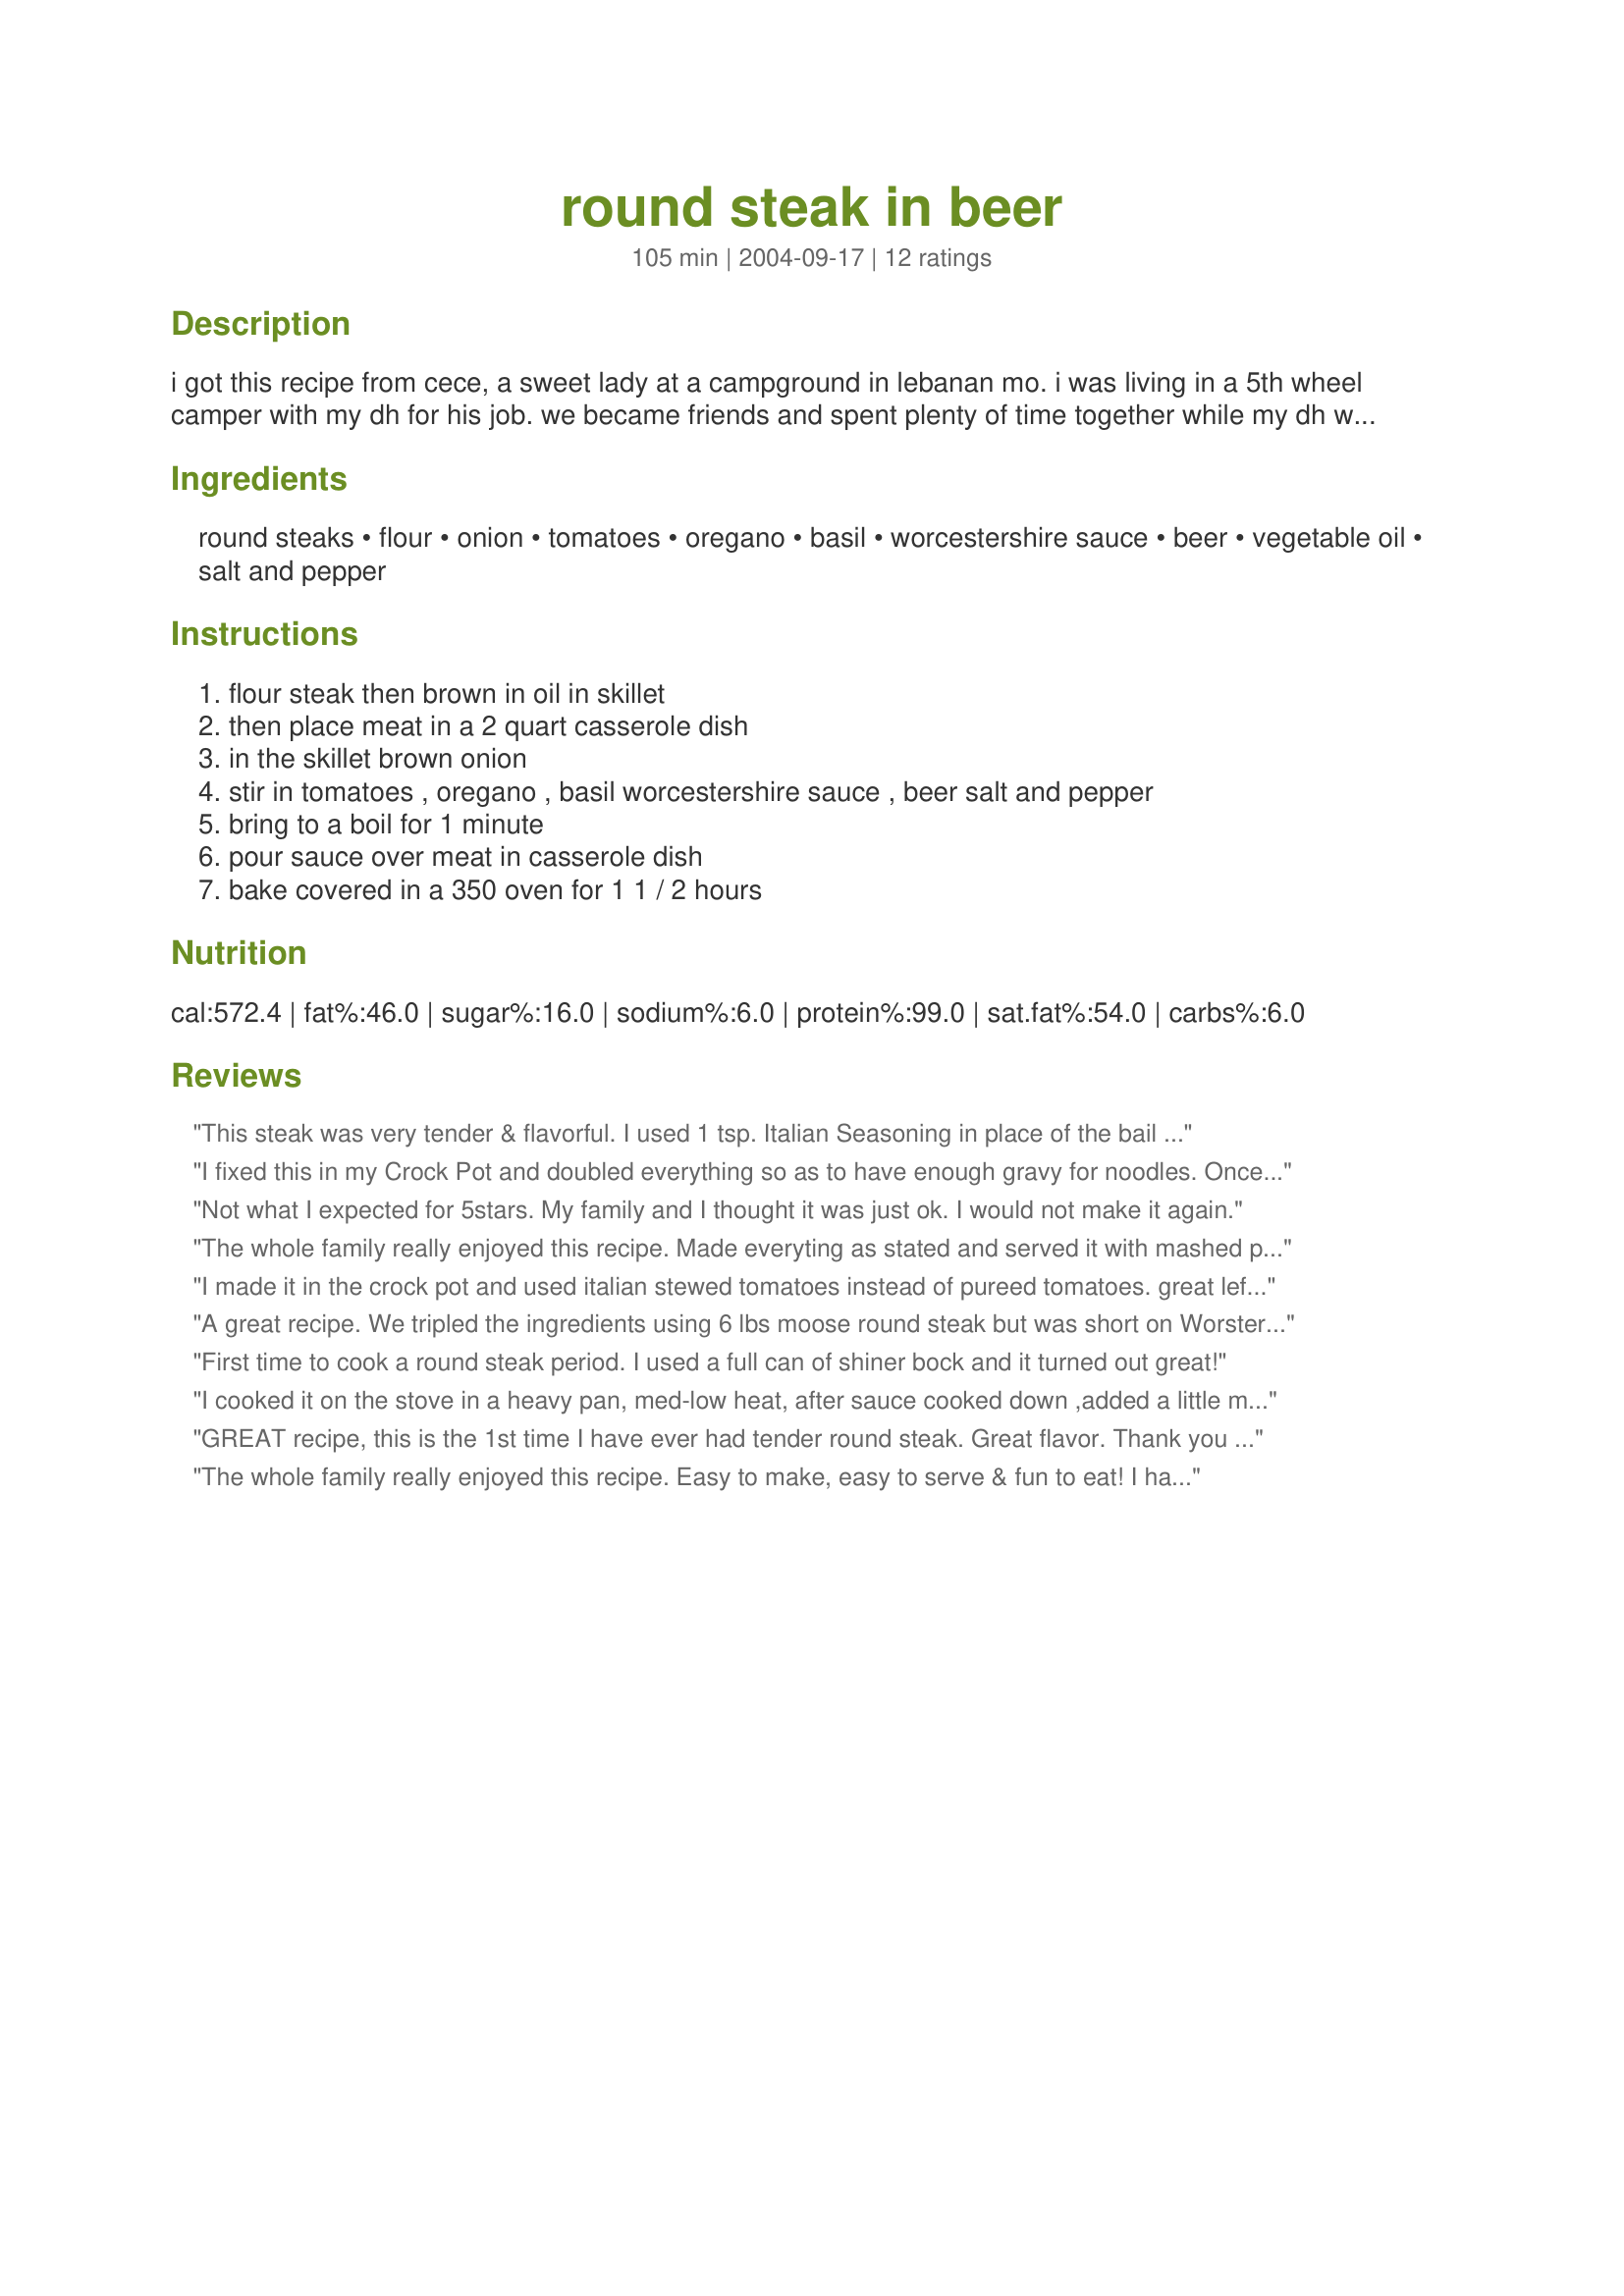
round steak in beer
Preparation time: 105 minutes

i got this recipe from cece, a sweet lady at a campground in lebanan mo. i was living in a 5th wheel camper with my dh for his job. we became friends and spent plenty of time together while my dh was off working. being a newlywed i was always looking for good cheap meals to fix for us. we like to eat this with mashed potatoes or egg noodles.

Ingredients:
round steaks, flour, onion, tomatoes, oregano, basil, worcestershire sauce, beer, vegetable oil, salt and pepper

Steps:
flour steak then brown in oil in skillet, then place meat in a 2 quart casserole dish, in the skillet brown onion, stir in tomatoes , oregano , basil worcestershire sauce , beer salt and pepper, bring to a boil for 1 minute, pour sauce over meat in casserole dish, bake covered in a 350 oven for 1 1 / 2 hours

Reviews:
This steak was very tender & flavorful. I used 1 tsp. Italian Seasoning in place of the bail & oregano. Otherwise made as directed, with dark beer. Next time I will serve with noodles instead of rice, just because the sauce seems to call for that. We enjoyed this.
I fixed this in my Crock Pot and doubled everything so as to have enough gravy for noodles. Once done, I thickened the gravy, took out the steak, mixed in the noodles, transferred it to a large pot and put the meat on top. A keeper.
Not what I expected for 5stars. My family and I thought it was just ok. I would not make it again.
The whole family really enjoyed this recipe. Made everyting as stated and served it with mashed potaoes.Thanks for a keeper NC!!
I made it in the crock pot and used italian stewed tomatoes instead of pureed tomatoes. great leftovers too. ( :
A great recipe. We tripled the ingredients using 6 lbs moose round steak but was short on Worster so only 1 tsp of that with 1 tsp of Kitchen Bouqet and 1 tsp of Maggi seasoning. Cooked in the slow cooker High 7 hours
First time to cook a round steak period. I used a full can of shiner bock and it turned out great!
I cooked it on the stove in a heavy pan, med-low heat, after sauce cooked down ,added a little more beer so it wouldn't stick to pan, served it over rice.
I had to stop myself from eating it all it was so delicious. If you don't have 2 lbs of meat do not reduce the amount of sauce, you'll want more!!
GREAT recipe, this is the 1st time I have ever had tender round steak. Great flavor. Thank you for sharing it.
The whole family really enjoyed this recipe. Easy to make, easy to serve & fun to eat! I had tri-color pasta on hand to serve it over & paired it with a caesar salad. Thanks for the keeper NC Gal!
I doubled the gravy - we're just gravy folks - but this needed nothing to make it better. It's absolutely fabulous!!
First time I tried a different round steak recipe other than my own...we loved it...the sauce turned out nice and thick and the taste was wonderful...I served it over mashed potatoes...going to keep this and make for one of my Family Sunday Dinners this winter...thanks.
